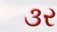
૩ર